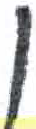
אות: ן